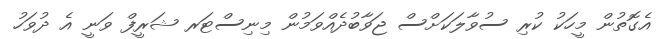
އެގޮތުން މީހަކު ކުރި ސުވާލަކަށްސް ޖަވާބުދެއްވަމުން މިނިސްޓަރ ޝަރީފް ވަނީ އެ ދުވަހު